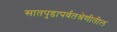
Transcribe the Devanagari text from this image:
सातपुडापर्वतश्रेणीतील